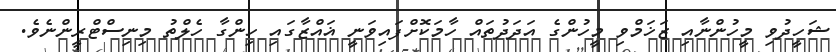
ޝަހީދުވި މީހުންނާއި ޒަޚަމްވި މީހުންގެ އަދަދުތައް ހާމަކޮށްފައިވަނީ ޣައްޒާގައި ހިންގާ ހެލްތު މިނިސްޓްރީންނެވެ.